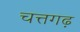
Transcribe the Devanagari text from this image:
चत्तगढ़